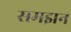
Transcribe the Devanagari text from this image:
समझन